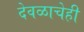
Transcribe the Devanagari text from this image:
देवळाचेही